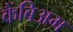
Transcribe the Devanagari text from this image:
कैंबिअम